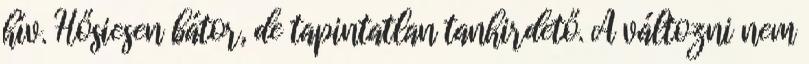
hív. Hősiesen bátor, de tapintatlan tanhirdető. A változni nem